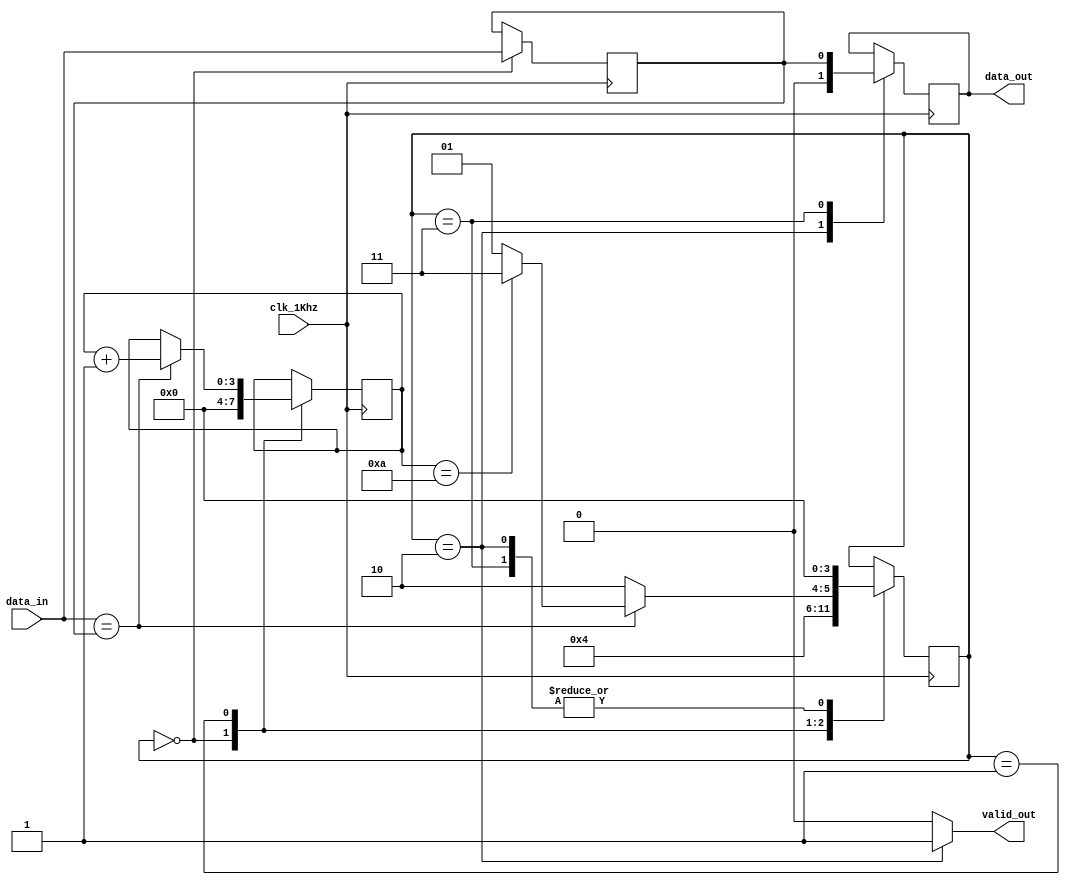
module d_bounce
#(
parameter stable_time = 10
)
(clk_1Khz,data_in,data_out,valid_out);

input clk_1Khz,data_in;
output reg data_out;
output wire  valid_out;

reg data_in_previous;
reg [3:0]state;
reg [3:0]stable_cnt;

initial begin
state  = 'd0;
stable_cnt  = 'd0;
data_in_previous  = 'd0;
end

always @(posedge clk_1Khz) begin
case(state)
4'd0:begin
data_in_previous <= data_in;
state <= 'd1;
stable_cnt <= 'd0;
end

4'd1: begin
if(data_in == data_in_previous) begin
stable_cnt <= stable_cnt + 1;
state <= (stable_cnt == (stable_time))? ('d3):('d1); 
end else
state <= 'd2;
end 

4'd2: begin
data_out <= 0;
state <= 'd0;
end 

4'd3: begin
data_out <= data_in_previous;
state <= 'd0;
end
 
endcase
end

assign valid_out = (state == 2) ? (1):(0);
//assign data_out = data_in_previous;
 
endmodule